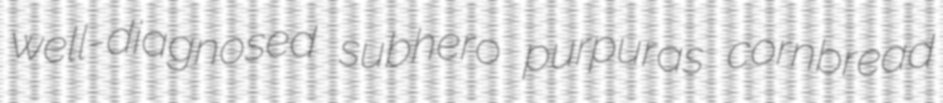
well-diagnosed subhero purpuras cornbread